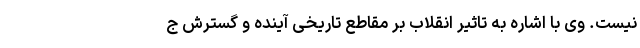
نیست. وی با اشاره به تاثیر انقلاب بر مقاطع تاریخی آینده و گسترش ج